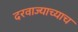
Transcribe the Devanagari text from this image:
दरवाज्याच्याच